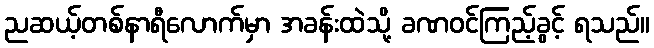
ညဆယ့်တစ်နာရီလောက်မှာ အခန်းထဲသို့ ခဏဝင်ကြည့်ခွင့် ရသည်။